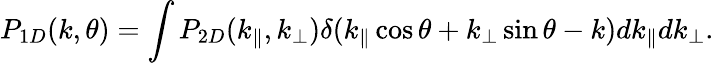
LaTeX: P_{1D}(k,\theta)=\int P_{2D}(k_{\parallel},k_{\perp})\delta(k_{\parallel}\cos\theta+k_{\perp}\sin\theta-k)dk_{\parallel}dk_{\perp}.